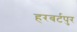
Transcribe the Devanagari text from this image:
हरबर्टपुर